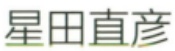
星田直彦